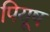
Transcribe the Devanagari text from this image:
पियूष